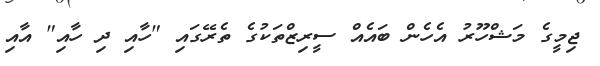
ޖިމީގެ މަޝްހޫރު އެހެން ބައެއް ސީރިޒްތަކުގެ ތެރޭގައި "ހާއި ދި ހާއި" އާއި